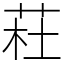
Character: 荰